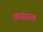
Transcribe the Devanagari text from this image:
वांडाल